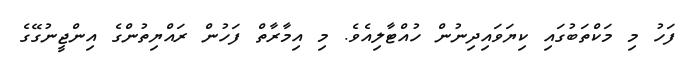
ފަހު މި މަކްތަބުގައި ކިޔަވައިދިނުން ހުއްޓާލިއެވެ. މި އިމާރާތް ފަހުން ރައްޔިތުންގެ އިންޖީނުގޭގެ